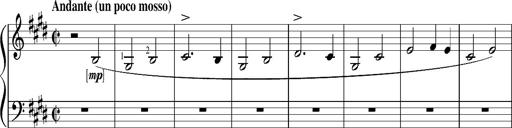
Title: Resignazione, S.187a/b
Composer: Franz Liszt